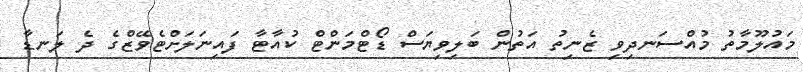
މައުލޫމާތު މުއްސަނދިވި ޒެނިތު އަތުން ބަލިވިޔަސް ޑޯޓްމަންޓް ކުއާޓާ ފައިނަލަށްޓެވޭޒްގެ ދެ ލަނޑާ